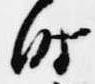
時